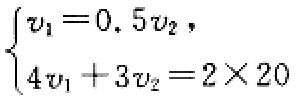
$\begin{cases}v_{1}=0.5v_{2},\\4v_{1}+3v_{2}=2\times20\end{cases}$